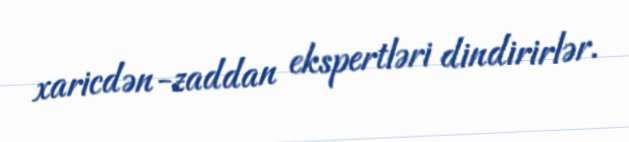
xaricdən-zaddan ekspertləri dindirirlər.